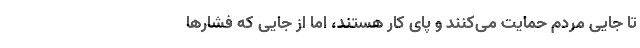
تا جایی مردم حمایت می‌کنند و پای کار هستند، اما از جایی که فشارها